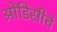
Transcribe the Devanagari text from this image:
ओडिसीचे